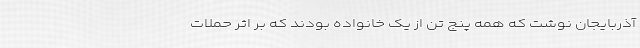
آذربایجان نوشت که همه پنج تن از یک خانواده بودند که بر اثر حملات